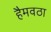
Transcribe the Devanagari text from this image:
हैमवठा